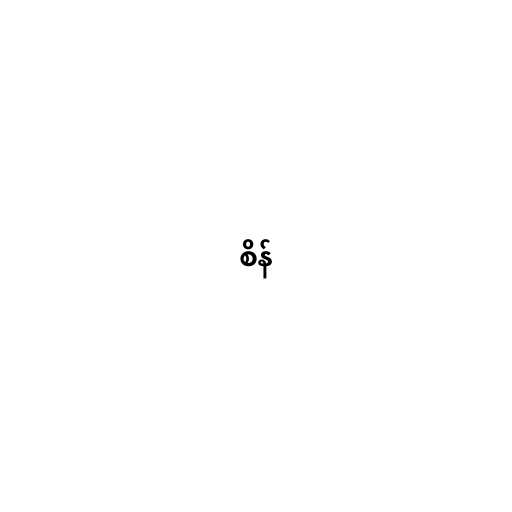
စိန်